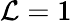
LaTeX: \mathcal{L}=1